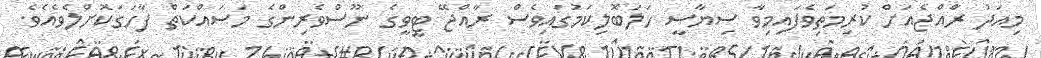
މިއަދު ރާްއްޖެއަށް ކުރިމަތިވެފަައިމިވާ ސިޔާސީ ހަލަބޮޮލިކަމުގައިވެސް ރާއްޖޭ ޓީވީގެ ނޫސްވެރިންގެ މަސައްކަތް ފާހަގަކޮށްލެވެއެވެ.